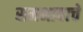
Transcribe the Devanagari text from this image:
समभावाचे